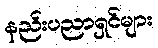
နည်းပညာရှင်များ